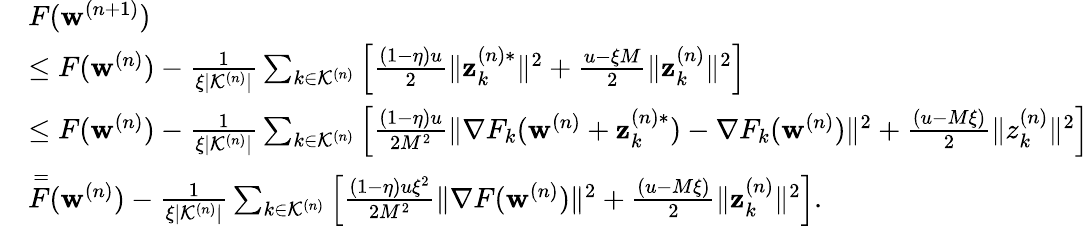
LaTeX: \begin{array}{rl}&{F(\mathbf{w}^{(n+1)})}\\ &{\leq F(\mathbf{w}^{(n)})-\frac{1}{\xi|\mathcal{K}^{(n)}|}\sum_{k\in\mathcal{K}^{(n)}}\Big[\frac{(1-\eta)u}{2}\| \mathbf{z}_{k}^{(n)*}\| ^{2}+\frac{u-\xi M}{2}\| \mathbf{z}_{k}^{(n)}\| ^{2}\Big]}\\ &{\leq F(\mathbf{w}^{(n)})-\frac{1}{\xi|\mathcal{K}^{(n)}|}\sum_{k\in\mathcal{K}^{(n)}}\Big[\frac{(1-\eta)u}{2M^{2}}\| \nabla F_{k}(\mathbf{w}^{(n)}+\mathbf{z}_{k}^{(n)*})-\nabla F_{k}(\mathbf{w}^{(n)})\| ^{2}+\frac{(u-M\xi)}{2}\| z_{k}^{(n)}\| ^{2}\Big]}\\ &{\overset=F(\mathbf{w}^{(n)})-\frac{1}{\xi|\mathcal{K}^{(n)}|}\sum_{k\in\mathcal{K}^{(n)}}\Big[\frac{(1-\eta)u\xi^{2}}{2M^{2}}\| \nabla F(\mathbf{w}^{(n)})\| ^{2}+\frac{(u-M\xi)}{2}\| \mathbf{z}_{k}^{(n)}\| ^{2}\Big].}\end{array}